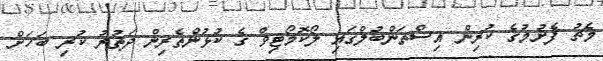
މެޗު ފެށުމުގެ ކުރިން އިސްތަންބުލްގައި ލޯކޮމޯޓިވް ގެ ކުޅުންތެރިން ދަތުރު ކުރި ބަހަށް